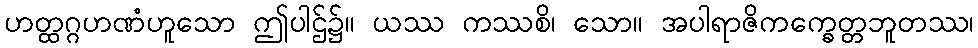
ဟတ္ထဂ္ဂဟဏံဟူသော ဤပါဌ်၌။ ယဿ ကဿစိ၊ သော။ အပါရာဇိကက္ခေတ္တဘူတဿ၊